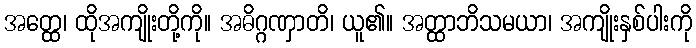
အတ္ထေ၊ ထိုအကျိုးတို့ကို။ အဓိဂ္ဂဏှာတိ၊ ယူ၏။ အတ္ထာဘိသမယာ၊ အကျိုးနှစ်ပါးကို